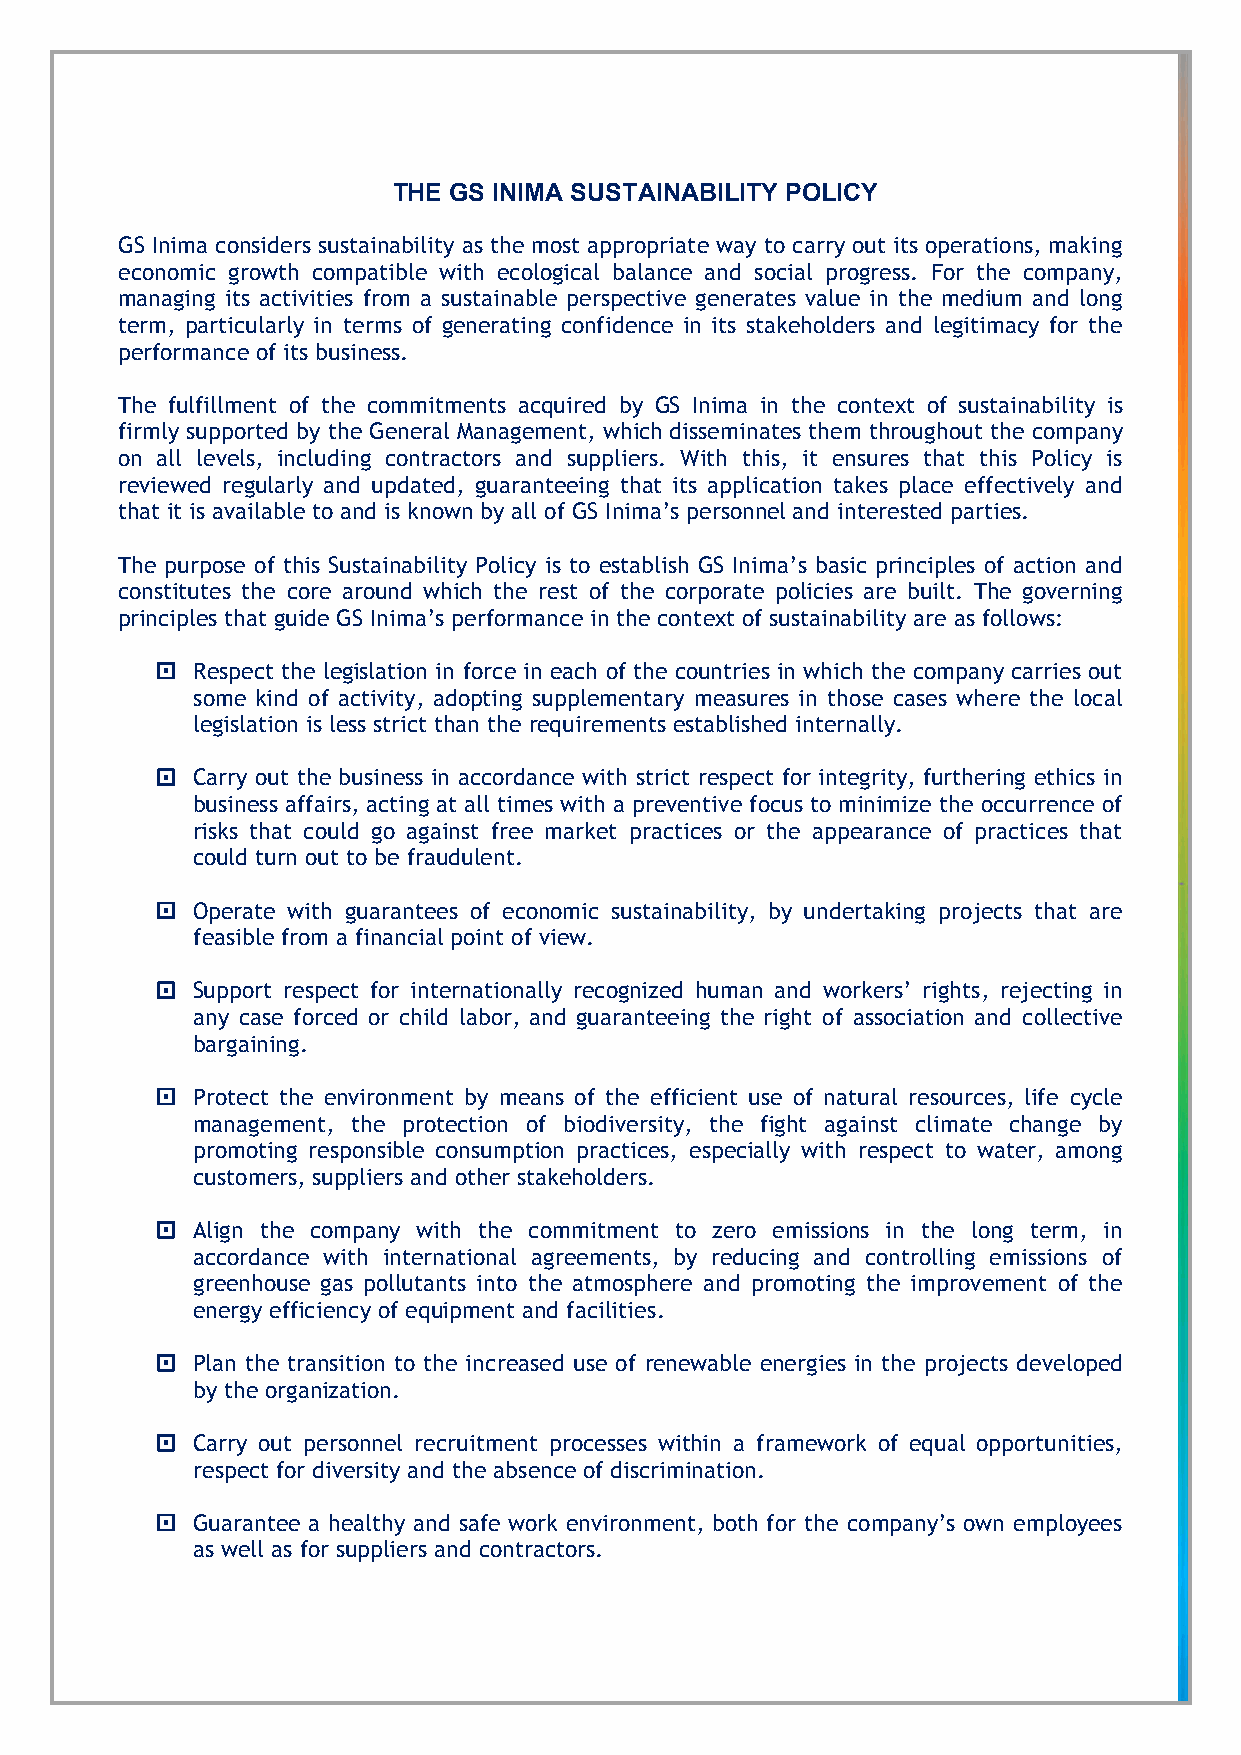
THE GS INIMA SUSTAINABILITY POLICY
 GS Inima considers sustainability as the most appropriate way to carry out its operations, making
 economic growth compatible with ecological balance and social progress. For the company,
 managing its activities from a sustainable perspective generates value in the medium and long
 term, particularly in terms of generating confidence in its stakeholders and legitimacy for the
 performance of its business.
 The fulfillment of the commitments acquired by GS Inima in the context of sustainability is
 firmly supported by the General Management, which disseminates them throughout the company
 on all levels, including contractors and suppliers. With this, it ensures that this Policy is
 reviewed regularly and updated, guaranteeing that its application takes place effectively and
 that it is available to and is known by all of GS Inima’s personnel and interested parties.
 The purpose of this Sustainability Policy is to establish GS Inima’s basic principles of action and
 constitutes the core around which the rest of the corporate policies are built. The governing
 principles that guide GS Inima’s performance in the context of sustainability are as follows:
   Respect the legislation in force in each of the countries in which the company carries out
 some kind of activity, adopting supplementary measures in those cases where the local
 legislation is less strict than the requirements established internally.
   Carry out the business in accordance with strict respect for integrity, furthering ethics in
 business affairs, acting at all times with a preventive focus to minimize the occurrence of
 risks that could go against free market practices or the appearance of practices that
 could turn out to be fraudulent.
   Operate with guarantees of economic sustainability, by undertaking projects that are
 feasible from a financial point of view.
   Support respect for internationally recognized human and workers’ rights, rejecting in
 any case forced or child labor, and guaranteeing the right of association and collective
 bargaining.
   Protect the environment by means of the efficient use of natural resources, life cycle
 management, the protection of biodiversity, the fight against climate change by
 promoting responsible consumption practices, especially with respect to water, among
 customers, suppliers and other stakeholders.
   Align the company with the commitment to zero emissions in the long term, in
 accordance with international agreements, by reducing and controlling emissions of
 greenhouse gas pollutants into the atmosphere and promoting the improvement of the
 energy efficiency of equipment and facilities.
   Plan the transition to the increased use of renewable energies in the projects developed
 by the organization.
   Carry out personnel recruitment processes within a framework of equal opportunities,
 respect for diversity and the absence of discrimination.
   Guarantee a healthy and safe work environment, both for the company’s own employees
 as well as for suppliers and contractors.